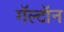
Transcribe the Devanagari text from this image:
गॅल्टॉन